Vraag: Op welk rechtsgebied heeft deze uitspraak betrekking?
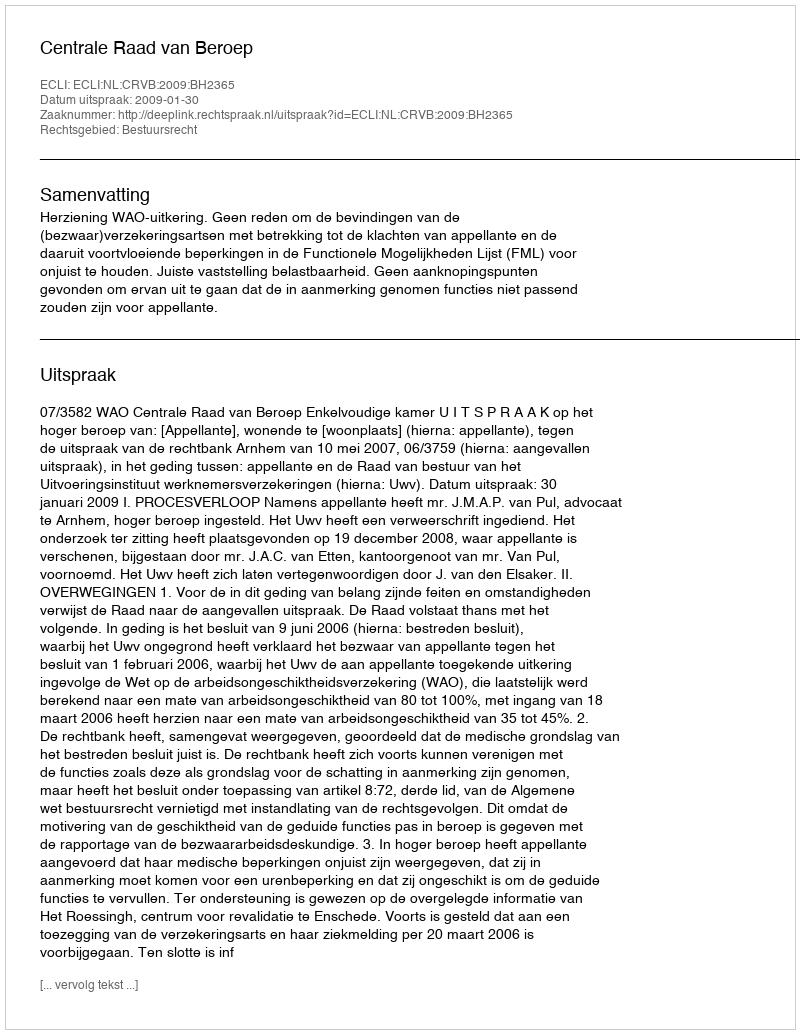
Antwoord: Bestuursrecht